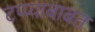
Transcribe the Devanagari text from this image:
टप्प्याबाबत